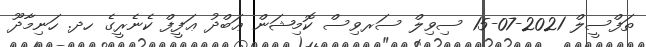
ތަފްސީލް 2021-07-15 ސިވިލް ސަރވިސް ކޮމިޝަން ޢަބްދު ޢަފީފް ކެނެރީގެ ހދ. ހަނިމާދޫ